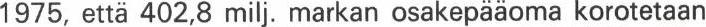
1975, että 402,8 milj. markan osakepääoma korotetaan